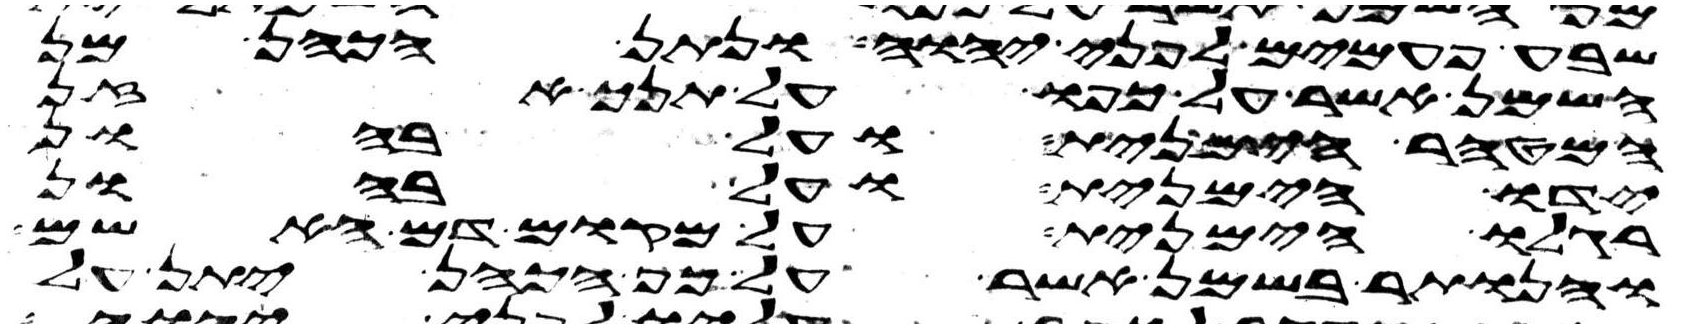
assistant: שבע פעמים לפני יהוה ונתן הכהן מן
השמן אשר על כפו על תנך אזן
המטהר הימנית ועל בהון
ידו הימנית ועל בהון
רגלו הימנית על מקום דם האשם
והנותר בשמן אשר על כף הכהן יתן על